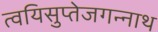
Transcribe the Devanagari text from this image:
त्वयिसुप्तेजगन्नाथ